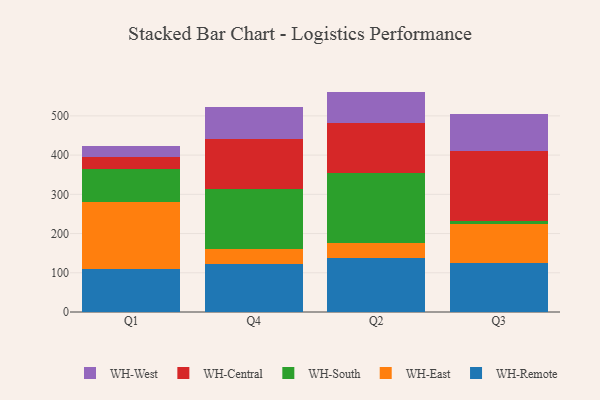
{"axis": {"x": "Quarter", "y": "Budget (USD K)"}, "legend": ["WH-Central", "WH-East", "WH-Remote", "WH-South", "WH-West"], "data": [{"x": "Q1", "y": 109.2, "type": "WH-Remote"}, {"x": "Q1", "y": 172.2, "type": "WH-East"}, {"x": "Q1", "y": 82.5, "type": "WH-South"}, {"x": "Q1", "y": 30.1, "type": "WH-Central"}, {"x": "Q1", "y": 28.0, "type": "WH-West"}, {"x": "Q4", "y": 121.8, "type": "WH-Remote"}, {"x": "Q4", "y": 37.8, "type": "WH-East"}, {"x": "Q4", "y": 153.7, "type": "WH-South"}, {"x": "Q4", "y": 127.9, "type": "WH-Central"}, {"x": "Q4", "y": 82.7, "type": "WH-West"}, {"x": "Q2", "y": 138.4, "type": "WH-Remote"}, {"x": "Q2", "y": 37.2, "type": "WH-East"}, {"x": "Q2", "y": 179.1, "type": "WH-South"}, {"x": "Q2", "y": 127.5, "type": "WH-Central"}, {"x": "Q2", "y": 79.7, "type": "WH-West"}, {"x": "Q3", "y": 124.3, "type": "WH-Remote"}, {"x": "Q3", "y": 100.1, "type": "WH-East"}, {"x": "Q3", "y": 7.0, "type": "WH-South"}, {"x": "Q3", "y": 178.9, "type": "WH-Central"}, {"x": "Q3", "y": 95.2, "type": "WH-West"}]}